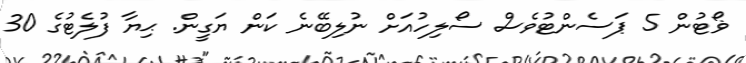
ޥޯޓުން 5 ޕަސެންޓުވެސް ސޯލިހުއަށް ނުލިބޭނެ ކަން ޔަގީން. ޙިޔާ ފުލެޓުގެ 30